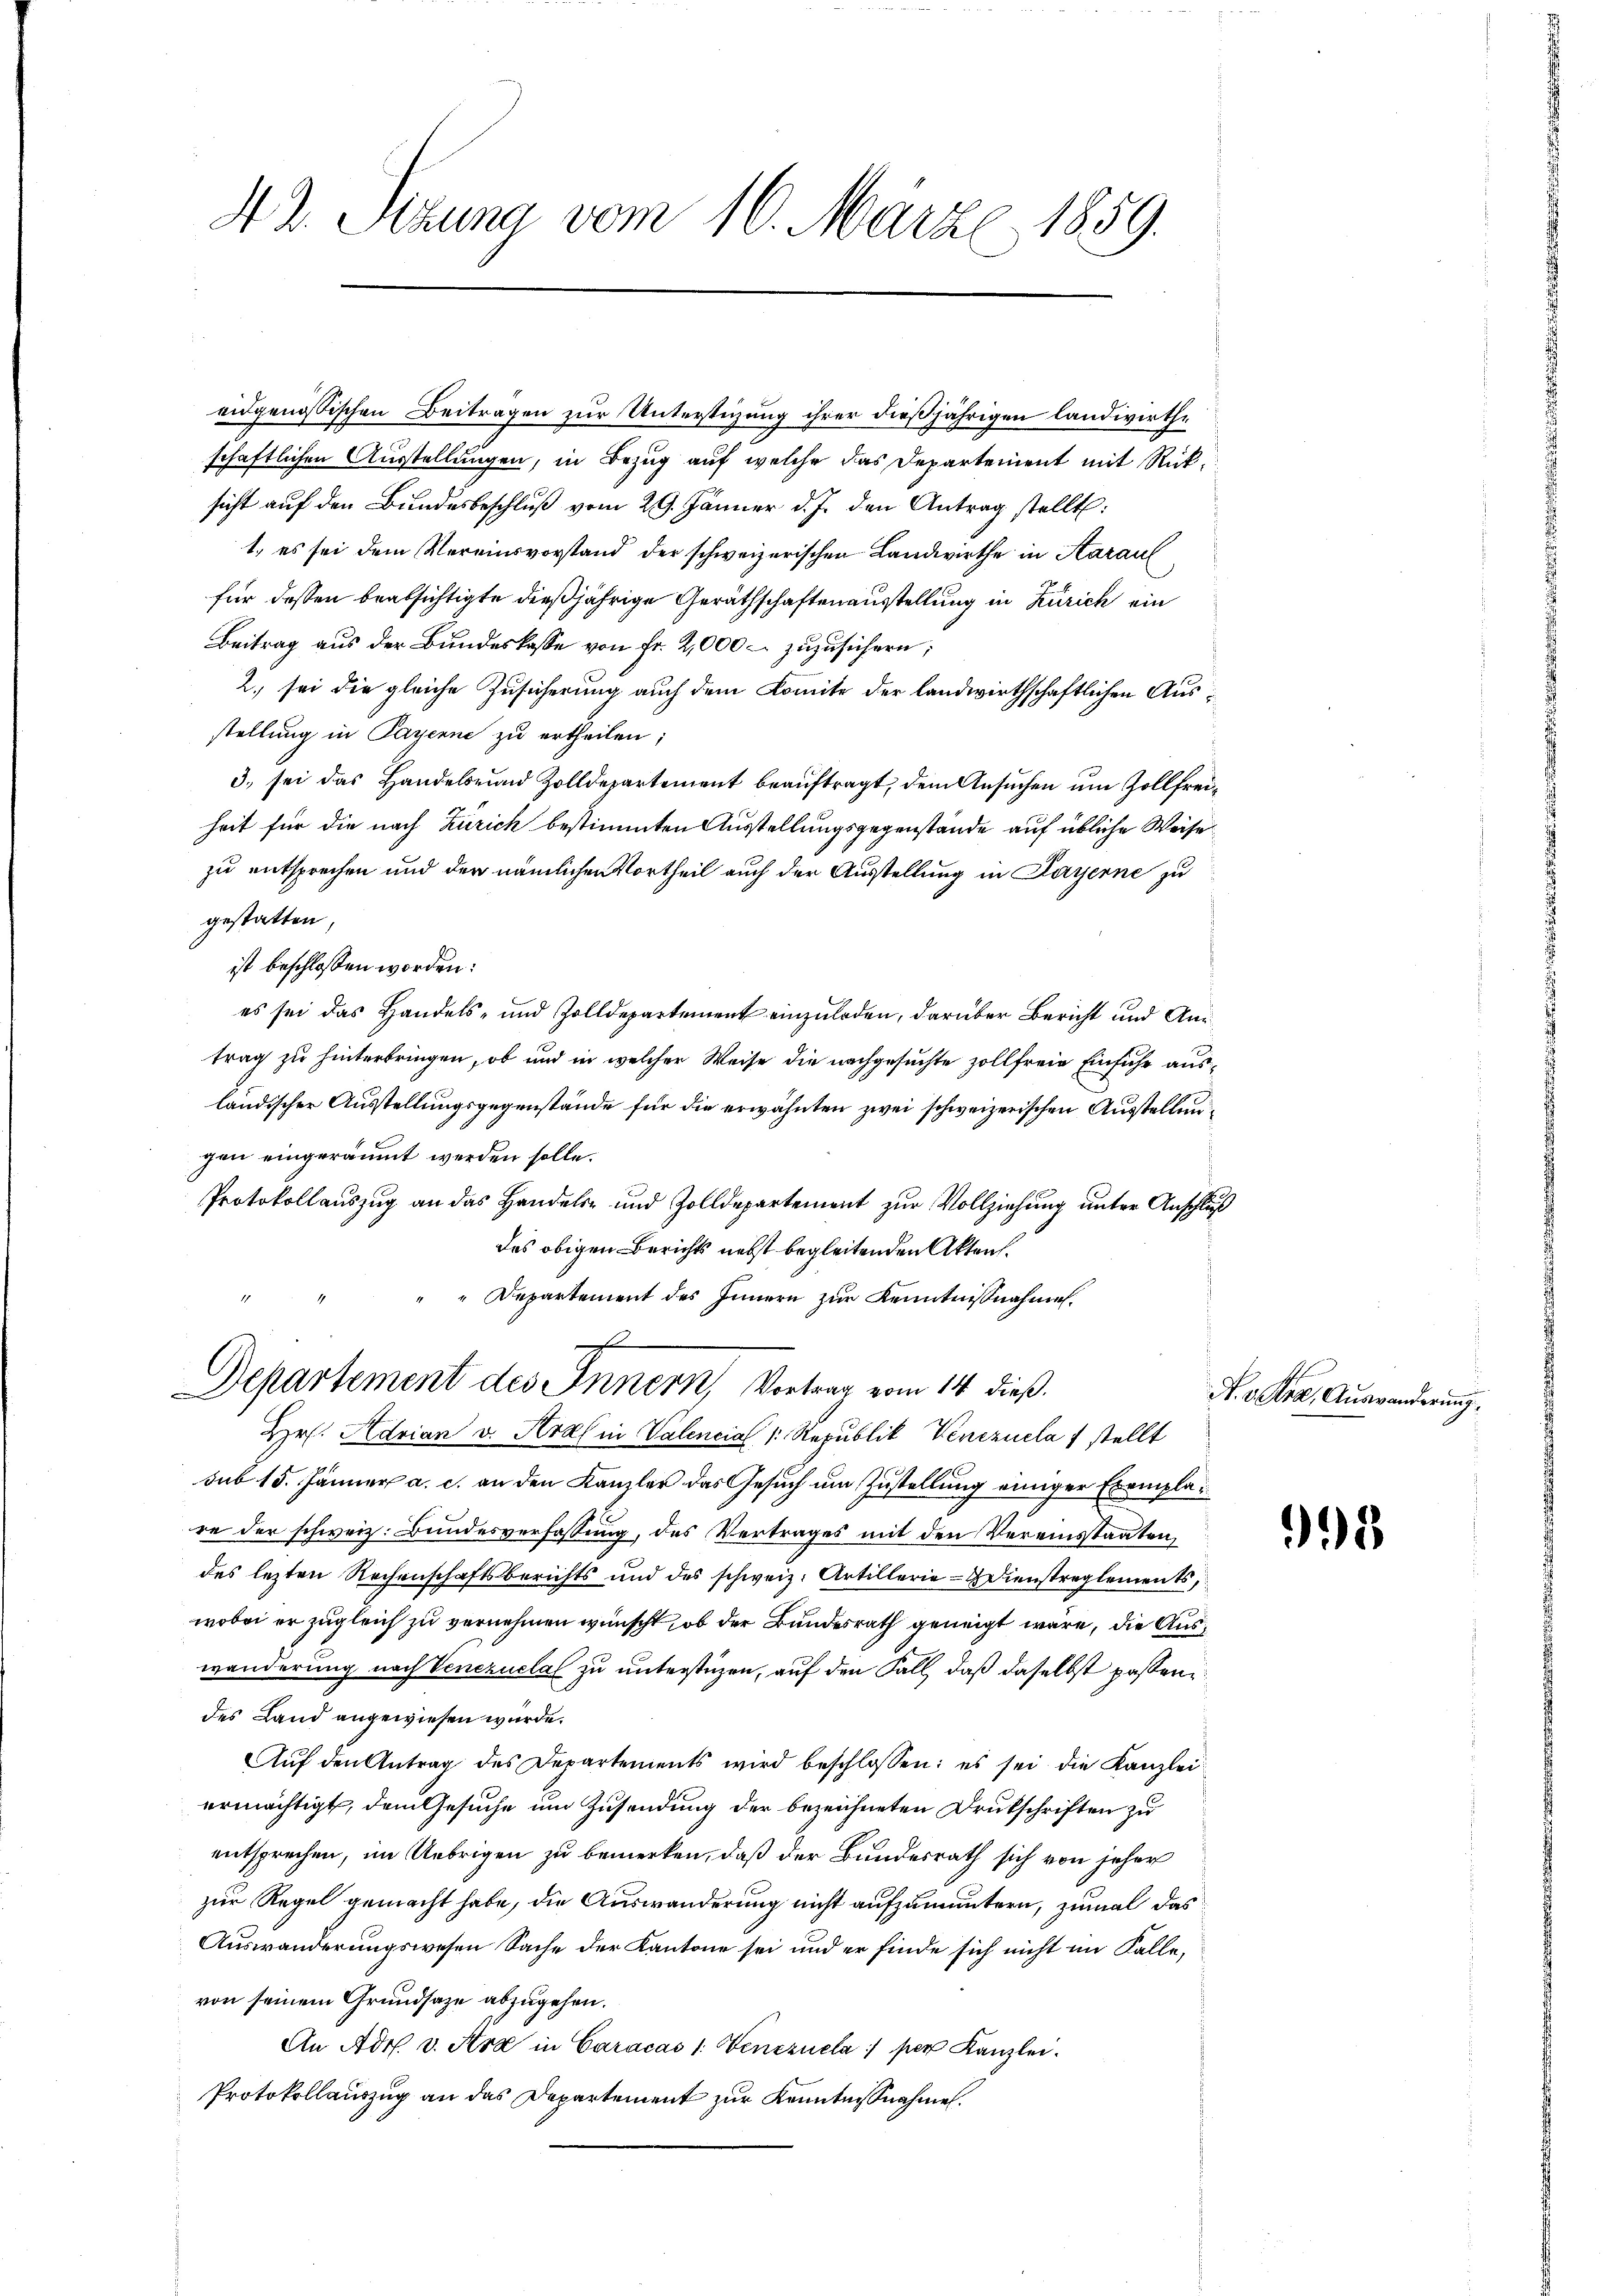
4. 2. Pezuna vom 16. März 1859.

eidgenössischen Beitragen zur Unterstüzung ihrer dießjährigen landwirthe
schaftlichen Ausstellungen, in Bezug auf welche das Departement mit Rücksicht auf den Bundesbeschluß vom 29. Jänner d. J. den Antrag stellt:
1. es sei dem Vereinsvorstand der schweizerischen Landwirthe in Aarau
für dessen beabsichtigte dießjährige Geräthschaftenausstellung in Zürich ein
Beitrag aus der Bundeskasse von Fr. 2,000 – zuzusichern;
2. sei die gleiche Zusicherung auch dem Komite der landwirthschaftlichen Ausstellung in Payerne zu ertheilen;
3. sei das Handelsund Zolldepartement beauftragt, dem Ansuchen um Zollfreiheit für die nach Zürich bestimmten Ausstellungsgegenstände auf übliche Weise
zu entsprechen und der nämlichen Vortheil auch der Ausstellung in Payerne zu
gestatten,
ist beschlossen worden:
es sei das Handels- und Zolldepartement einzuladen, darüber Bericht und Aartrag zu hinterbringen, ob und in welcher Weise die nachgesuchte zollfreie Einfuhr ausländischer Ausstellungsgegenstände für die erwähnten zwei schweizerischen Ausstellungen eingeräumt werden solle.
Protokollauszug an das Handels- und Zolldepartement zur Vollziehung unter Anschluß
des obigen Berichts nebst begleitenden Akten.
"Departement des Innern zur Kenntnißnahmen.
f
Departement des Innern, Vortrag vom 14 dieß.
Hr. Adrian v. Kral in Valencial /: Republik Venezuela 1 stellt
sub 15. Jänner a. c. an den Kanzler das Gesuch um Zustellung einiger Exemplare der schweiz. Bundesverfassung, des Vertrages mit den Vereinstaaten,
des lezten Rechenschaftsberichts und des schweiz. Artillerie-Dienstreglements,
wobei er zugleich zu vernehmen wünscht, ob der Bundesrath geneigt wäre, die Auswanderung nach Venezuclal zu unterstüzen, auf den Fall, daß daselbst passendes Land angewiesen wurde.
Aŭf den Antrag des Departements wird beschlossen: es sei die Kanzlei
ermächtigt, dem Gesuche um Zusendung der bezeichneten Druckschriften zu
entsprechen, im Uebrigen zu bemerken, daß der Bundesrath sich von jeher
zur Regel gemacht habe, die Auswanderung nicht aufzumuntern, zumal das
Auswanderungswesen Sache der Kantone sei und er finde sich nicht im Falle,
von seinem Grundsaze abzugehen.
An Adr. v. Ara in Caracas 1. Venezuela per Kanzlei.
Protokollauszug an das Departement zur Kenntnisnahme.

N. v. Pra, Auswanderung

95